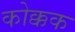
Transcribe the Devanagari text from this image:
कोक्कक